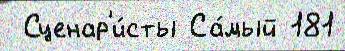
 Сценар'и́сты Са́мый 181